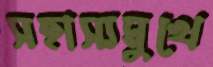
সহাস্যমুখে